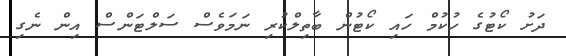
ދަށު ކޯޓުގެ ހުކުމް ހައި ކޯޓުން ބާތިލްކުރި ނަމަވެސް ސަލްޓަންސް އިން ނެގި